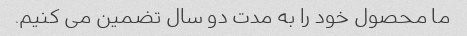
ما محصول خود را به مدت دو سال تضمین می کنیم.